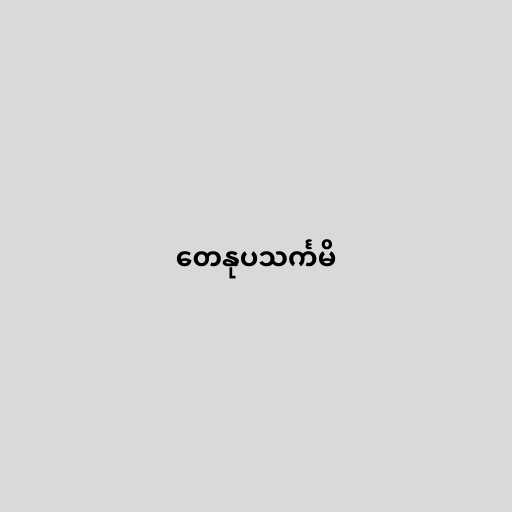
တေနုပသင်္ကမိ